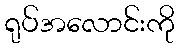
ရုပ်အလောင်းကို